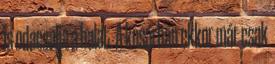
is odacsalja a halat. A kosárban ekkor már csak